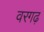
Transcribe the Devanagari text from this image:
वरगढ़